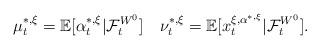
LaTeX: \begin{align*}\mu_t^{*,\xi}=\mathbb E[\alpha^{*,\xi}_t|\mathcal{F}_t^{W^0}]\quad\nu_t^{*,\xi}=\mathbb E[x_t^{\xi,\alpha^{*,\xi}}|\mathcal{F}_t^{W^0}].\end{align*}